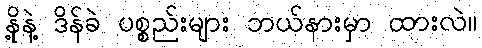
နို့နဲ့ ဒိန်ခဲ ပစ္စည်းများ ဘယ်နားမှာ ထားလဲ။